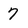
Character: 7